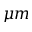
\mu m